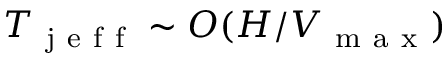
T _ { \mathrm { ~ j ~ e ~ f ~ f ~ } } \sim O ( H / V _ { \mathrm { ~ m ~ a ~ x ~ } } )